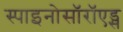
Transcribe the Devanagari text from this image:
स्पाइनोसॉरॉएड्स